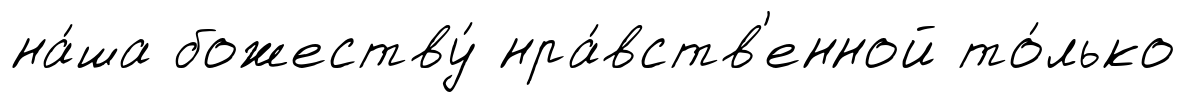
на́ша божеству́ нра́вств'енной то́лько